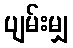
ပျမ်းမျှ